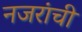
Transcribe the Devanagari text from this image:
नजरांची